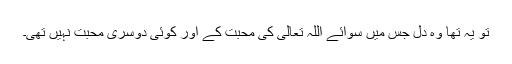
تو یہ تھا وہ دل جس میں سوائے اللہ تعالیٰ کی محبت کے اور کوئی دوسری محبت نہیں تھی۔